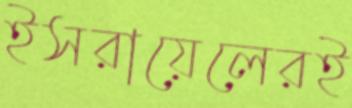
ইসরায়েলেরই